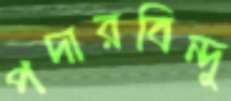
পদারবিন্দু